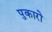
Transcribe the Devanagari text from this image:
पुकारो